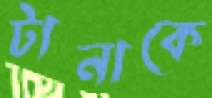
টানাকে